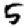
Digit: 5